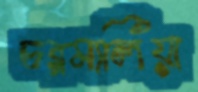
চরমালিয়া